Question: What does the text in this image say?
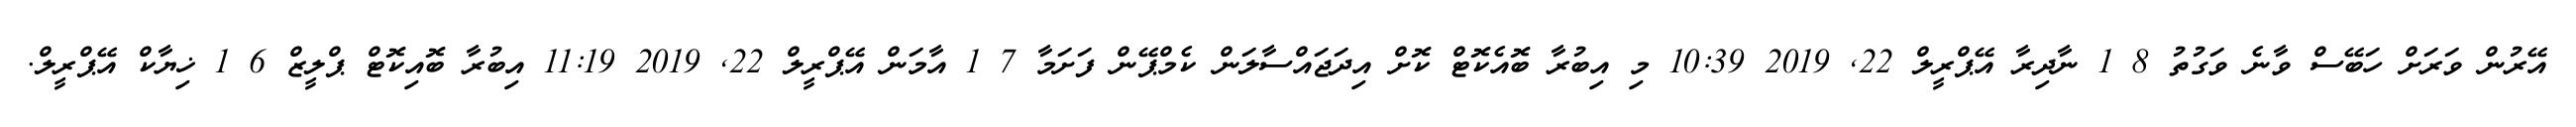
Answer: އޭރުން ވަރަށް ހަބޭސް ވާނެ ވަގުތު 8 1 ނާދިރާ އޭޕްރީލް 22, 2019 10:39 މި އިބުރާ ބޮއެކޮޓް ކޮށް އިދަޖައްސާލަން ކެމްޕޭން ފަށަމާ 7 1 އާމަން އޭޕްރީލް 22, 2019 11:19 އިބުރާ ބޮއިކޮޓް ޕްލީޒް 6 1 ޚިޔާކް އޭޕްރީލް.